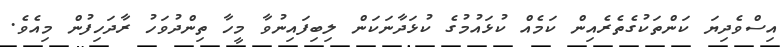
އިސްވެދިޔަ ކަންތަކުގެތެރެއިން ކަމެއް ކުޅައުމުގެ ކުޅަދާނަކަން ލިބިފައިނުވާ މީހާ ތިންދުވަހު ރާދަހިފުން މިއެވެ.